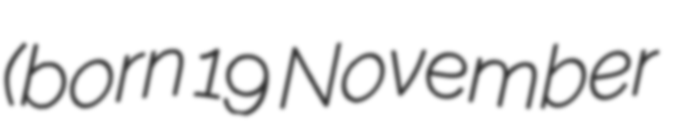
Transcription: (born 19 November